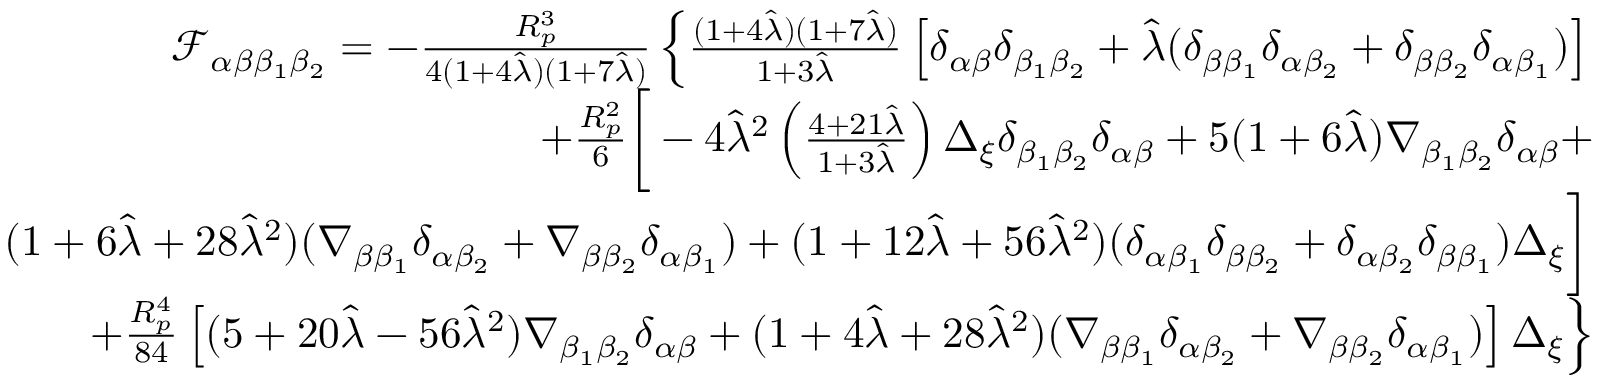
\begin{array} { r l r } & { } & { \mathcal { F } _ { \alpha \beta \beta _ { 1 } \beta _ { 2 } } = - \frac { R _ { p } ^ { 3 } } { 4 ( 1 + 4 \hat { \lambda } ) ( 1 + 7 \hat { \lambda } ) } \left\{ \frac { ( 1 + 4 \hat { \lambda } ) ( 1 + 7 \hat { \lambda } ) } { 1 + 3 \hat { \lambda } } \left[ \delta _ { \alpha \beta } \delta _ { \beta _ { 1 } \beta _ { 2 } } + \hat { \lambda } ( \delta _ { \beta \beta _ { 1 } } \delta _ { \alpha \beta _ { 2 } } + \delta _ { \beta \beta _ { 2 } } \delta _ { \alpha \beta _ { 1 } } ) \right] \right. } \\ & { } & { + \frac { R _ { p } ^ { 2 } } { 6 } \bigg [ - 4 \hat { \lambda } ^ { 2 } \left( \frac { 4 + 2 1 \hat { \lambda } } { 1 + 3 \hat { \lambda } } \right) \Delta _ { \xi } \delta _ { \beta _ { 1 } \beta _ { 2 } } \delta _ { \alpha \beta } + 5 ( 1 + 6 \hat { \lambda } ) \nabla _ { \beta _ { 1 } \beta _ { 2 } } \delta _ { \alpha \beta } + } \\ & { } & { \left. ( 1 + 6 \hat { \lambda } + 2 8 \hat { \lambda } ^ { 2 } ) ( \nabla _ { \beta \beta _ { 1 } } \delta _ { \alpha \beta _ { 2 } } + \nabla _ { \beta \beta _ { 2 } } \delta _ { \alpha \beta _ { 1 } } ) + ( 1 + 1 2 \hat { \lambda } + 5 6 \hat { \lambda } ^ { 2 } ) ( \delta _ { \alpha \beta _ { 1 } } \delta _ { \beta \beta _ { 2 } } + \delta _ { \alpha \beta _ { 2 } } \delta _ { \beta \beta _ { 1 } } ) \Delta _ { \xi } \bigg ] \right. } \\ & { } & { \left. + \frac { R _ { p } ^ { 4 } } { 8 4 } \left[ ( 5 + 2 0 \hat { \lambda } - 5 6 \hat { \lambda } ^ { 2 } ) \nabla _ { \beta _ { 1 } \beta _ { 2 } } \delta _ { \alpha \beta } + ( 1 + 4 \hat { \lambda } + 2 8 \hat { \lambda } ^ { 2 } ) ( \nabla _ { \beta \beta _ { 1 } } \delta _ { \alpha \beta _ { 2 } } + \nabla _ { \beta \beta _ { 2 } } \delta _ { \alpha \beta _ { 1 } } ) \right] \Delta _ { \xi } \right\} } \end{array}